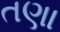
તણા